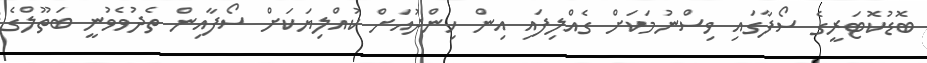
ބޮޑުކޮޓަރީގެ ސޯފާގައި ވިސްނުމަކަށް ގެއްލިފައި އިން ހިންދުއަށް ކުއްލިޔަކަށް ސޯފާއިން ތެދުވެވުނީ ބަތޫލްގެ